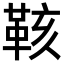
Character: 𮧙